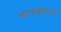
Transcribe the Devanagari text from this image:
चाणक्यानं